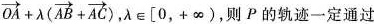
$$\overrightarrow{OA} + \lambda ( \overrightarrow{AB} + \overrightarrow{AC} )$$ ，λ∈[0，+∝)，则P的轨迹一定通过